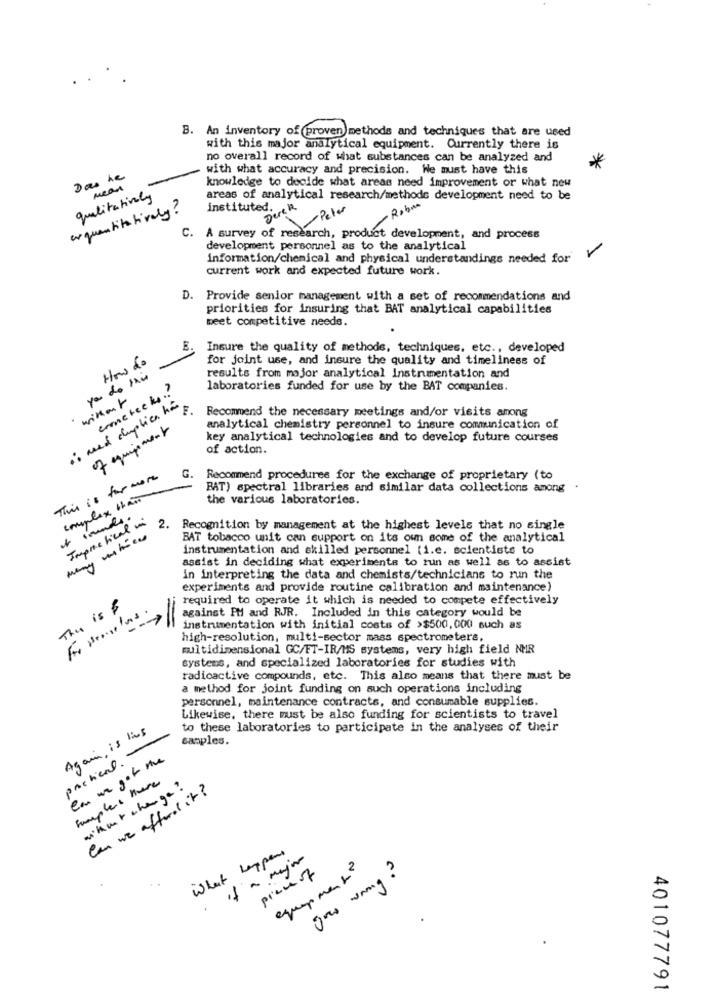
B. An inventory of (proven) methods and techniques that are used
with this major analytical equipment. Currently there is
no overall record of what substances can be analyzed and
with what accuracy and precision. We must have this
*
Das he
knowledge to decide what areas need improvement or what new
mean
qualitativaly
areas of analytical research/methode development need to be
erquantitativaly?
instituted. R.
Peter
C.
A survey of research, product development, and process
development personnel as to the analytical
-
information/chemical and physical understandings needed for
current work and expected future work.
D. Provide senior management with a set of recommendations and
priorities for insuring that BAT analytical capabilities
beet competitive needs.
E.
Insure the quality of methods, techniques, etc ., developed
How do
for joint use, and insure the quality and timeliness of
you do this
results from major analytical Instrumentation and
cometeeks .?
laboratories funded for use by the BAT companies.
is med duplica has
Recommend the necessary meetings and/or visits among
of equipment
analytical chemistry personnel to insure communication of
key analytical technologies and to develop future courses
of action.
This is for more
G.
Recommend procedures for the exchange of proprietary (to
BAT) spectral libraries and similar data collections among
complex than
the various laboratories.
Impractical
2. Recognition by management at the highest levels that no single
BAT tobacco unit can support on its own some of the analytical
instrumentation and skilled personnel (i.e. scientists to
assist in deciding what experiments to run as well as to assist
in interpreting the data and chemists/technicians to run the
experiments and provide routine calibration and maintenance)
required to operate it which is needed to compete effectively
The is $
against PM and RJR. Included in this category would be
For somelas
=
instrumentation with initial costs of >$500,000 such as
high-resolution, multi-sector mass spectrometers,
multidimensional GC/FT-IR/HS systems, very high field NIR
systems, and specialized laboratories for studies with
radioactive compounds, etc. This also means that there must be
a method for joint funding on such operations including
personnel, maintenance contracts, and consumable supplies.
Likewise, there must be also funding for scientists to travel
Again, is livs
to these laboratories to participate in the analyses of their
canples.
pachicas. -
Can un got me
Samples there
mikut change?
Can we afford it?
What happens
if a major
prenof
jour wrong?
401077791